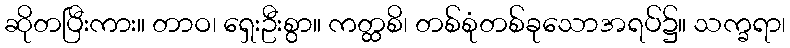
ဆိုတပြီးကား။ တာဝ၊ ရှေးဦးစွာ။ ကတ္ထစိ၊ တစ်စုံတစ်ခုသောအရပ်၌။ သက္ခရာ၊